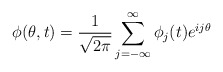
\begin{align*}\phi(\theta,t) = {1 \over {\sqrt {2 \pi}}} \sum^{\infty}_{j=- \infty} \phi_j(t) e^{ij\theta}\end{align*}